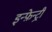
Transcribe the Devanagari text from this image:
इन्फ़ेन्ट्री